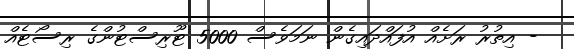
- އިތުރު ރަށެއް އުފައްދައިގެން ނަމަވެސް 5000 ޓޫރިސްޓުންގެ ރިސޯޓެއް